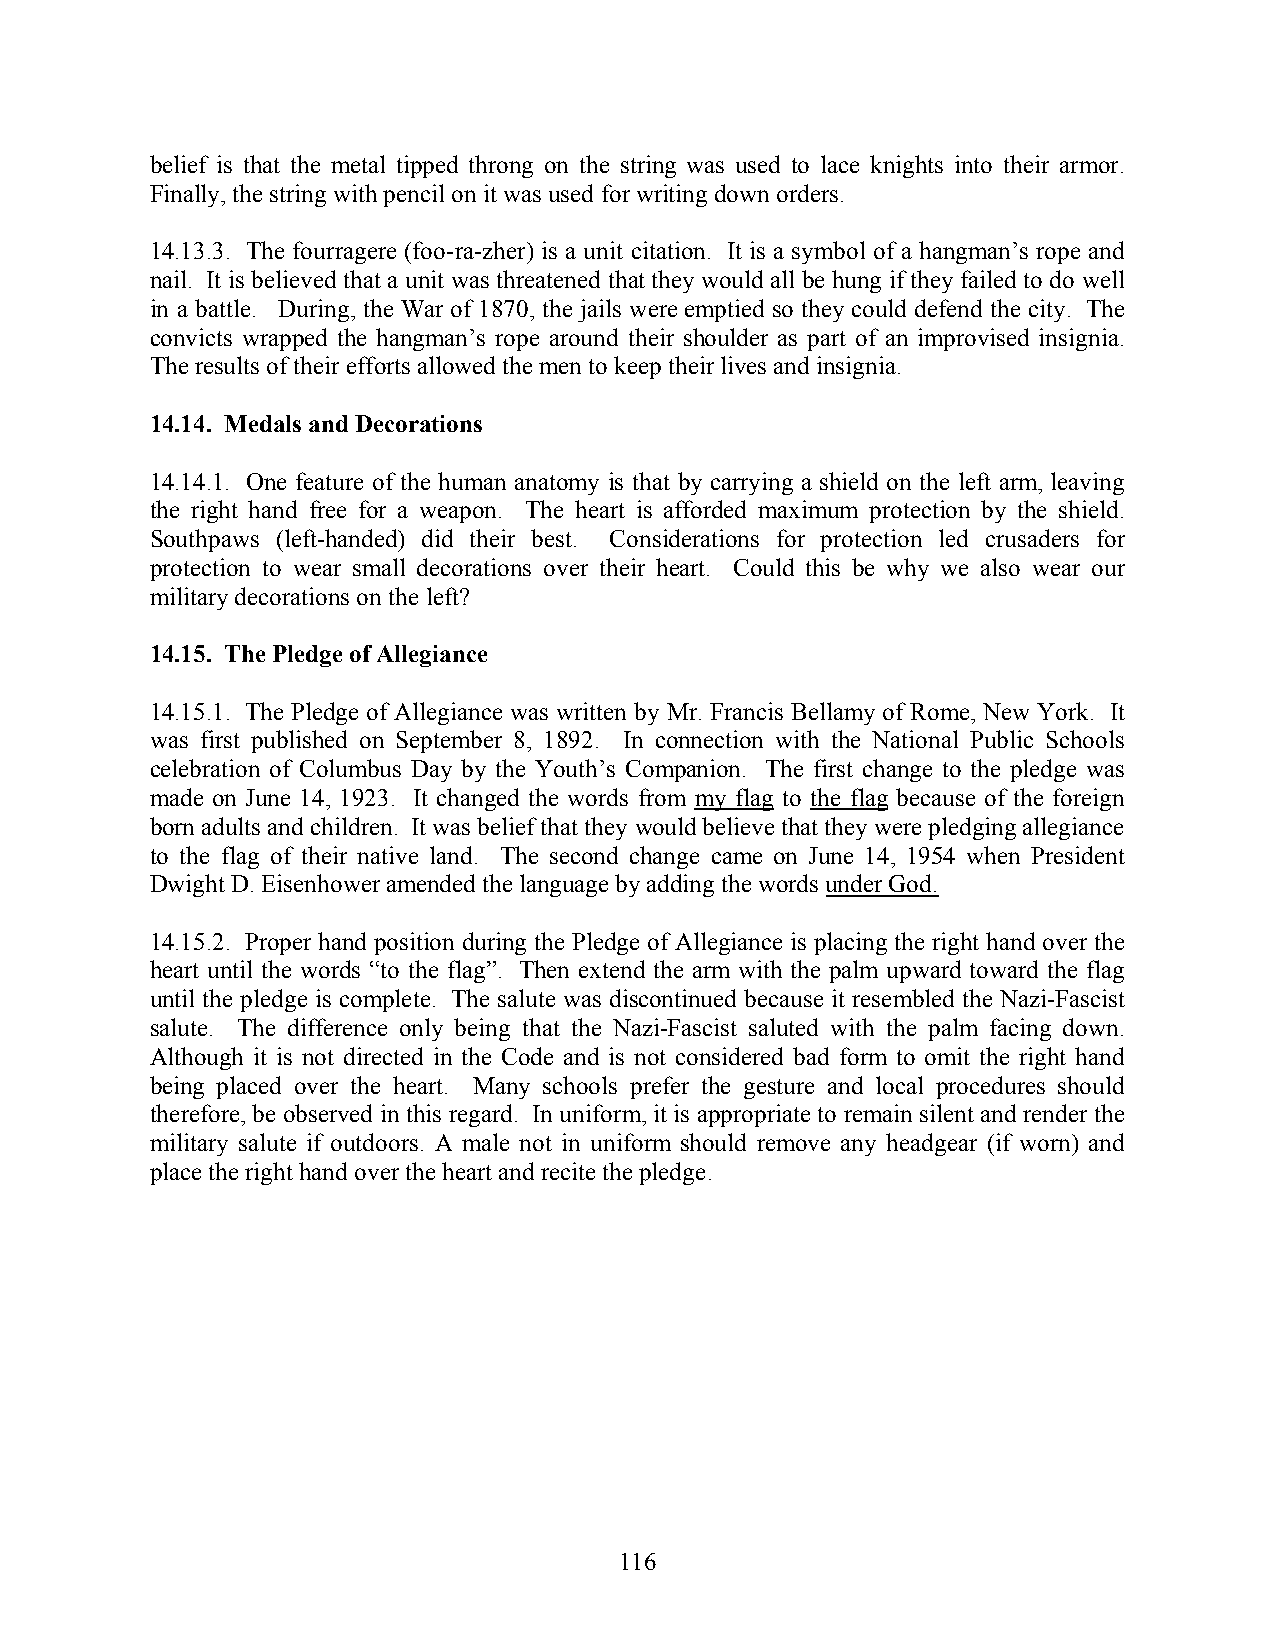
belief is that the metal tipped throng on the string was used to lace knights into their armor.
 Finally, the string with pencil on it was used for writing down orders.
 14.13.3. The fourragere (foo-ra-zher) is a unit citation. It is a symbol of a hangman’s rope and
 nail. It is believed that a unit was threatened that they would all be hung if they failed to do well
 in a battle. During, the War of 1870, the jails were emptied so they could defend the city. The
 convicts wrapped the hangman’s rope around their shoulder as part of an improvised insignia.
 The results of their efforts allowed the men to keep their lives and insignia.
 14.14. Medals and Decorations
 14.14.1. One feature of the human anatomy is that by carrying a shield on the left arm, leaving
 the right hand free for a weapon. The heart is afforded maximum protection by the shield.
 Southpaws (left-handed) did their best. Considerations for protection led crusaders for
 protection to wear small decorations over their heart. Could this be why we also wear our
 military decorations on the left?
 14.15. The Pledge of Allegiance
 14.15.1. The Pledge of Allegiance was written by Mr. Francis Bellamy of Rome, New York. It
 was first published on September 8, 1892. In connection with the National Public Schools
 celebration of Columbus Day by the Youth’s Companion. The first change to the pledge was
 made on June 14, 1923. It changed the words from my flag to the flag because of the foreign
 born adults and children. It was belief that they would believe that they were pledging allegiance
 to the flag of their native land. The second change came on June 14, 1954 when President
 Dwight D. Eisenhower amended the language by adding the words under God.
 14.15.2. Proper hand position during the Pledge of Allegiance is placing the right hand over the
 heart until the words “to the flag”. Then extend the arm with the palm upward toward the flag
 until the pledge is complete. The salute was discontinued because it resembled the Nazi-Fascist
 salute. The difference only being that the Nazi-Fascist saluted with the palm facing down.
 Although it is not directed in the Code and is not considered bad form to omit the right hand
 being placed over the heart. Many schools prefer the gesture and local procedures should
 therefore, be observed in this regard. In uniform, it is appropriate to remain silent and render the
 military salute if outdoors. A male not in uniform should remove any headgear (if worn) and
 place the right hand over the heart and recite the pledge.
 116